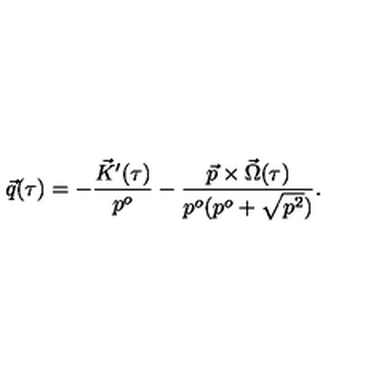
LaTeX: \vec { q } ( \tau ) = - \frac { \vec { K } ^ { \prime } ( \tau ) } { p ^ { o } } - \frac { \vec { p } \times \vec { \Omega } ( \tau ) } { p ^ { o } ( p ^ { o } + \sqrt { p ^ { 2 } } ) } .